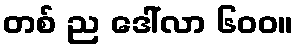
တစ် ည ဒေါ်လာ ၆၀၀။